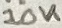
Text: 10K